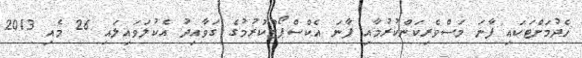
ހެދުމަށްޓަކައި ފާނަ މަސްވެރިކަންކުރުމާއި ފާނަ އެކްސްޕޯޓްކުރުމުގެ ގަވާއިދު އެކުލަވައިލައި 26 މެއި 2013